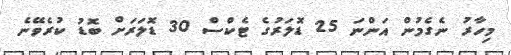
މިހާރު ނެގެމުން އަންނަ 25 ޑޮލަރުގެ ޓެކްސް 30 ޑޮލަރަށް ބޮޑު ކުރެވޭނެ